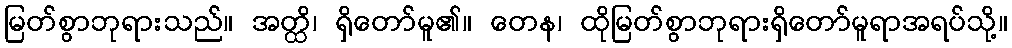
မြတ်စွာဘုရားသည်။ အတ္ထိ၊ ရှိတော်မူ၏။ တေန၊ ထိုမြတ်စွာဘုရားရှိတော်မူရာအရပ်သို့။